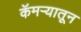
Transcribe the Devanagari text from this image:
कॅमऱ्यातून